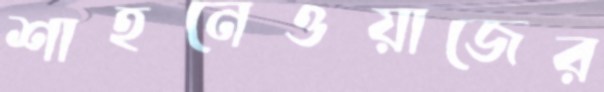
শাহনেওয়াজের